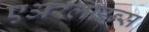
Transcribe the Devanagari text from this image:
एअरलाइन्‍स